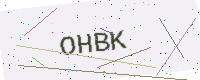
Text: OHBK